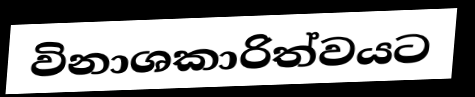
විනාශකාරිත්වයට